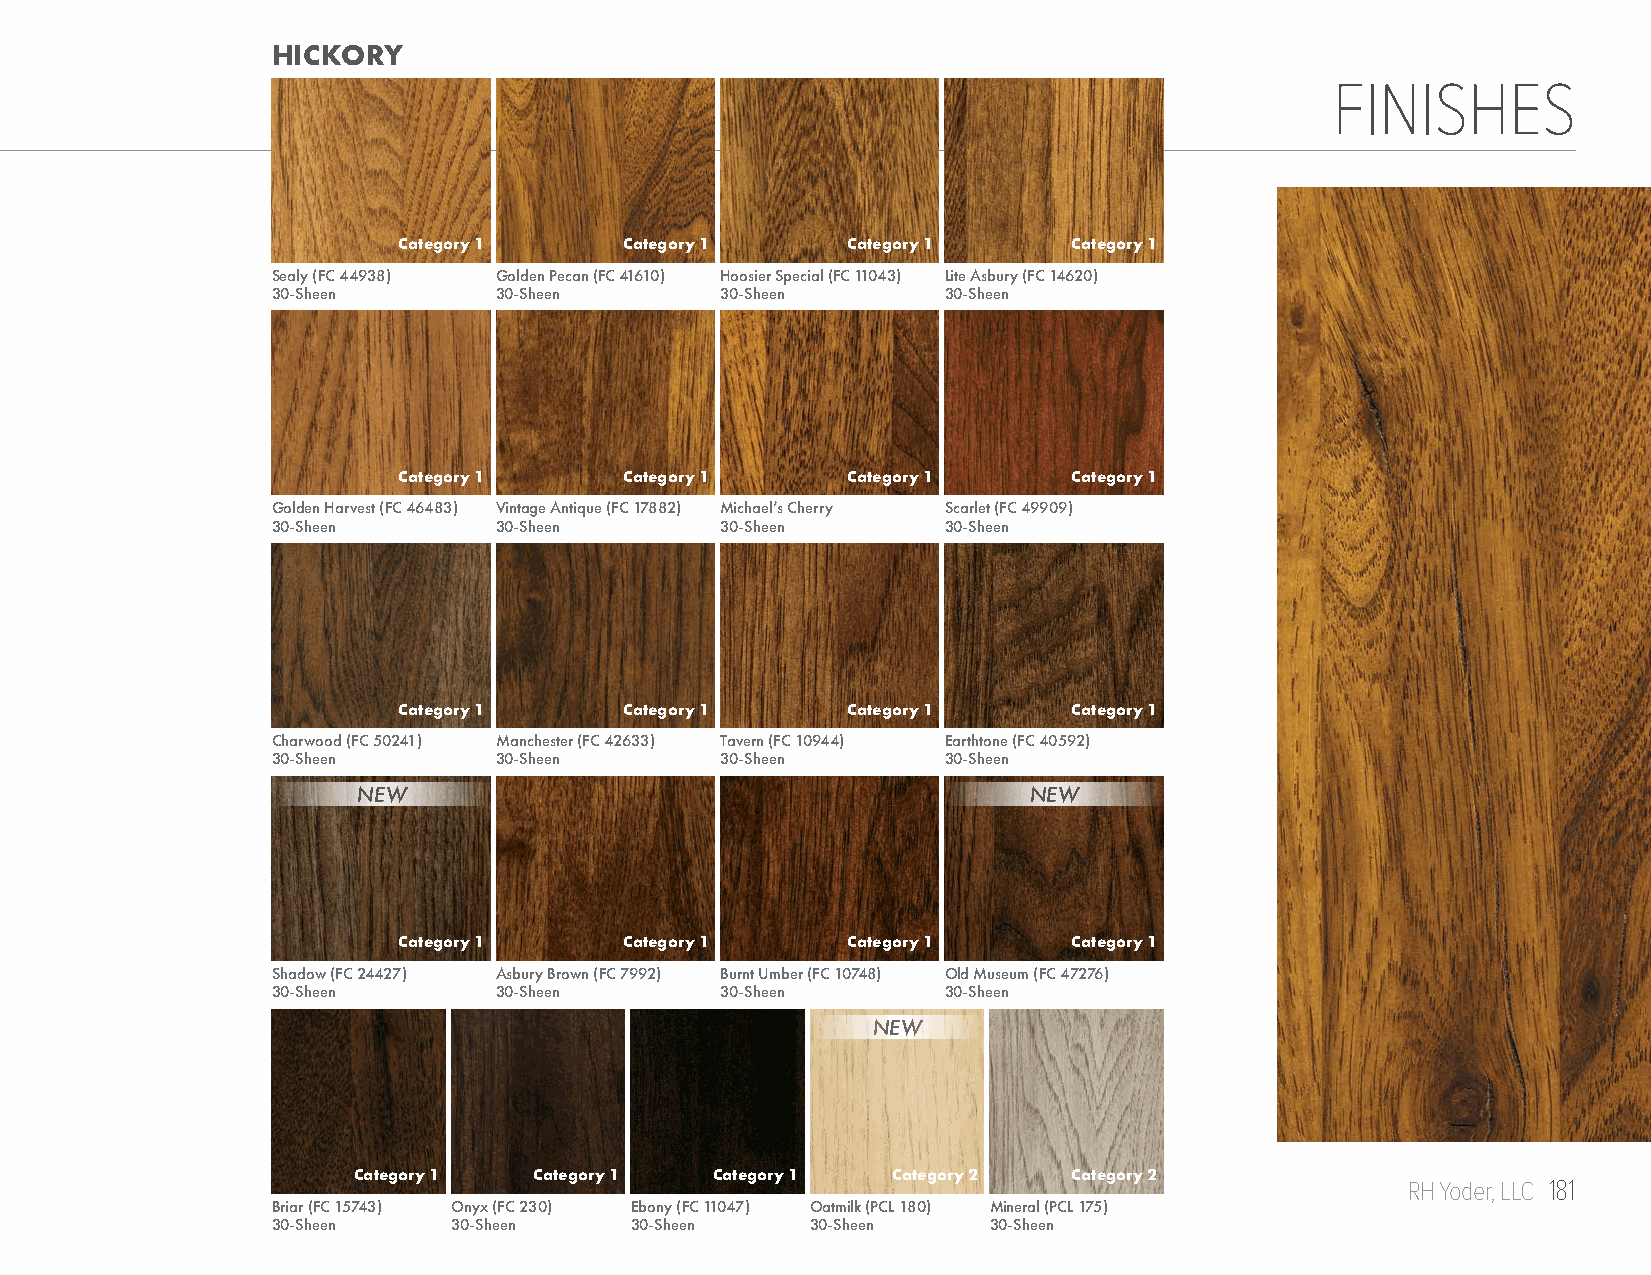
HICKORY
 FINISHES
 Category 1     Category 1     Category 1     Category 1
 Sealy (FC 44938) Golden Pecan (FC 41610) Hoosier Special (FC 11043) Lite Asbury (FC 14620)
 30-Sheen       30-Sheen       30-Sheen       30-Sheen
 Category 1     Category 1     Category 1     Category 1
 Golden Harvest (FC 46483) Vintage Antique (FC 17882) Michael’s Cherry Scarlet (FC 49909)
 30-Sheen       30-Sheen       30-Sheen       30-Sheen
 Category 1     Category 1     Category 1     Category 1
 Charwood (FC 50241) Manchester (FC 42633) Tavern (FC 10944) Earthtone (FC 40592)
 30-Sheen       30-Sheen       30-Sheen       30-Sheen
 NEW                                         NEW
 Category 1     Category 1     Category 1     Category 1
 Shadow (FC 24427) Asbury Brown (FC 7992) Burnt Umber (FC 10748) Old Museum (FC 47276)
 30-Sheen       30-Sheen       30-Sheen       30-Sheen
 NEW
 Category 1  Category 1  Category 1  Category 2  Category 2
 RH Yoder, LLC 181
 Briar (FC 15743) Onyx (FC 230) Ebony (FC 11047) Oatmilk (PCL 180) Mineral (PCL 175)
 30-Sheen    30-Sheen    30-Sheen    30-Sheen   30-Sheen